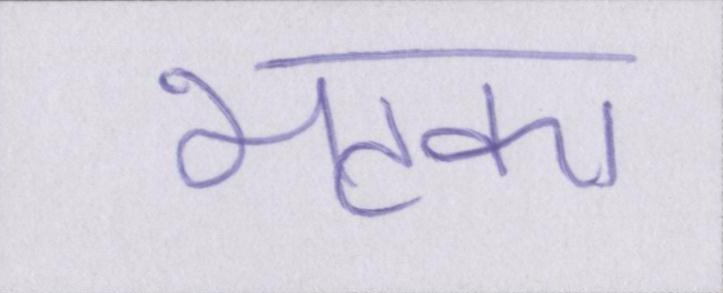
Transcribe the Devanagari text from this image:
भटका